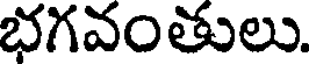
భగవంతులు.